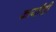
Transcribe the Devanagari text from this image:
कार्यांशी